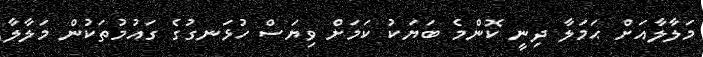
މަލާލާއަށް ޙަމަލާ ދިނީ ކޮންމެ ބަޔަކު ކަމަށް ވިޔަސް ހުޅަނގުގެ ގައުމުތަކުން މަލާލާ